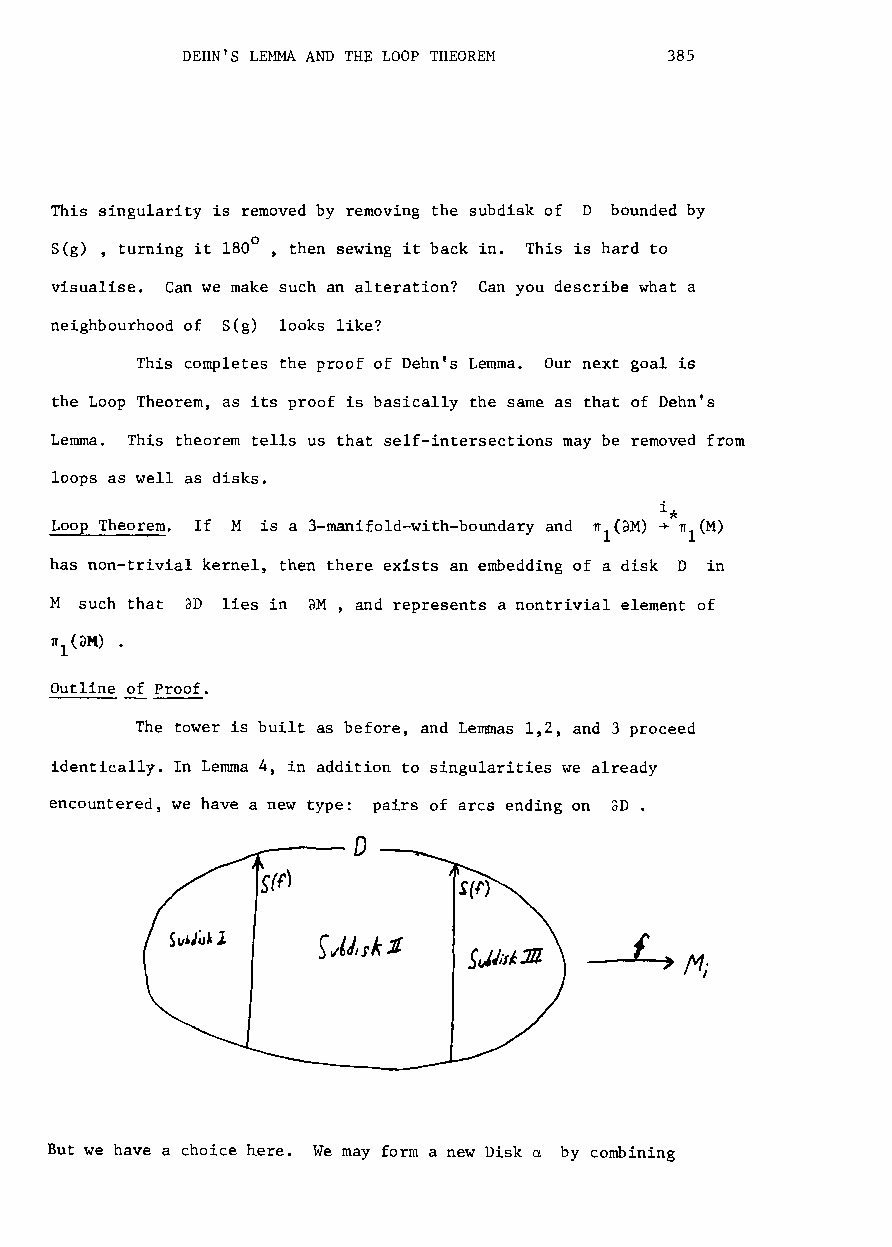
DEHN'S LE~lliA AND THE LOOP THEOREM 385
 This singularity is removed by removing the subdisk of D bounded by
 S(g) , turning it 1800 , then sewing it back in. This is hard to
 visualise. Can we make such an alteration? Can you describe what a
 neighbourhood of S(g) looks like?
 This completes the proof of Dehn's Lemma. Our next goal is
 the Loop Theorem, as its proof is basically the same as that of Dehuts
 Lemma. This theorem tells us that self-intersections may be removed from
 loops as well as disks.
 i*
 Loop Theorem. If M is a 3-manifold-with-boundary and nl(oM) ~ nl(M)
 has non-trivial kernel, then there exists an embedding of a disk D in
 M such that aD lies in aM, and represents a nontrivial element of
 1T1(dM) •
 Outline of Proof.
 The tower is built as before, and Lemmas 1,2, and 3 proceed
 identically. In Lemma 4, in addition to singularities we already
 encountered, we have a new type: pairs of arcs ending on aD.
 D
 S(f)
 But we have a choice here. We may form a new Disk a by combining